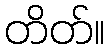
တိတ်။